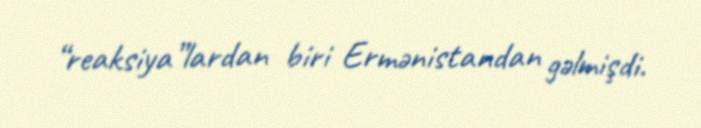
“reaksiya”lardan biri Ermənistandan gəlmişdi.